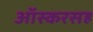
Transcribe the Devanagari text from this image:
ऑस्करसह